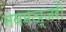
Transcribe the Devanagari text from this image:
नवमञ्जरी